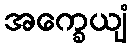
အက္ခေယျံ